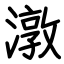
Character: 潡